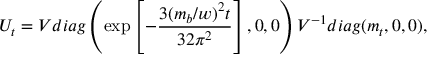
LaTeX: U _ { t } = V d i a g \left( \exp \left[ - \frac { 3 ( m _ { b } / w ) ^ { 2 } t } { 3 2 \pi ^ { 2 } } \right] , 0 , 0 \right) V ^ { - 1 } d i a g ( m _ { t } , 0 , 0 ) ,